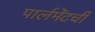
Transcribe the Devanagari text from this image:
पार्लमेंटची